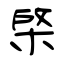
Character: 棨